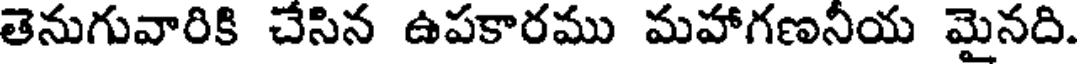
తెనుగువారికి చేసిన ఉపకారము మహాగణనీయ మైనది.